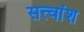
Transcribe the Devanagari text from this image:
सत्त्वांश